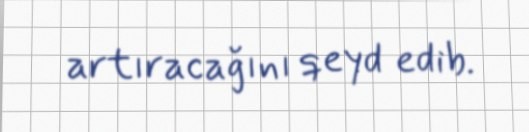
artıracağını qeyd edib.